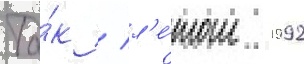
Та́к / л'е́том 1992